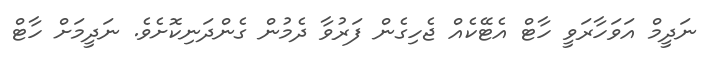
ނަދީމް އަވަހާރަވީ ހާޓް އެޓޭކެއް ޖެހިގެން ފަރުވާ ދެމުން ގެންދަނިކޮށެވެ. ނަދީމަށް ހާޓް